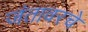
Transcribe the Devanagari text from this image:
जंतावरचे